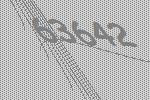
63642